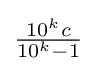
{\textstyle {\frac {10^{k}c}{10^{k}-1}}}